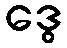
ဒွေ